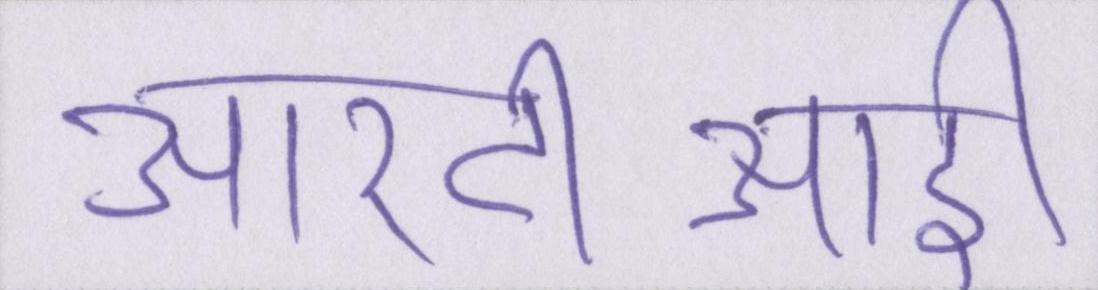
आरटीआई